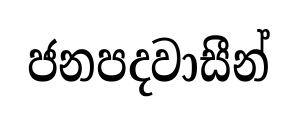
ජනපදවාසීන්